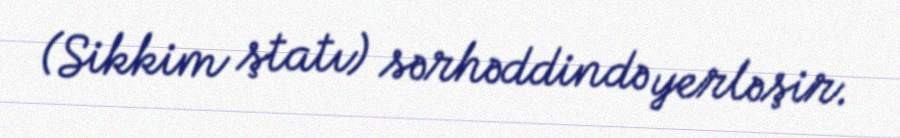
(Sikkim ştatı) sərhəddində yerləşir.